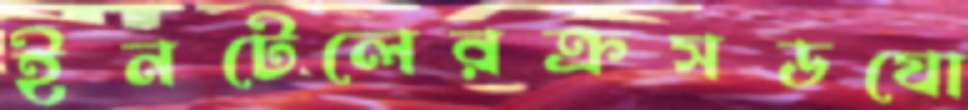
ইনটেলেরক্রসডযো